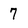
Character: 7